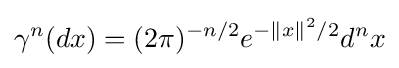
\gamma ^{n}(dx)=(2\pi )^{-n/2}e^{-\|x\|^{2}/2}d^{n}x